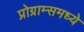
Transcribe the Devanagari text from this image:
प्रोग्राम्समध्ये